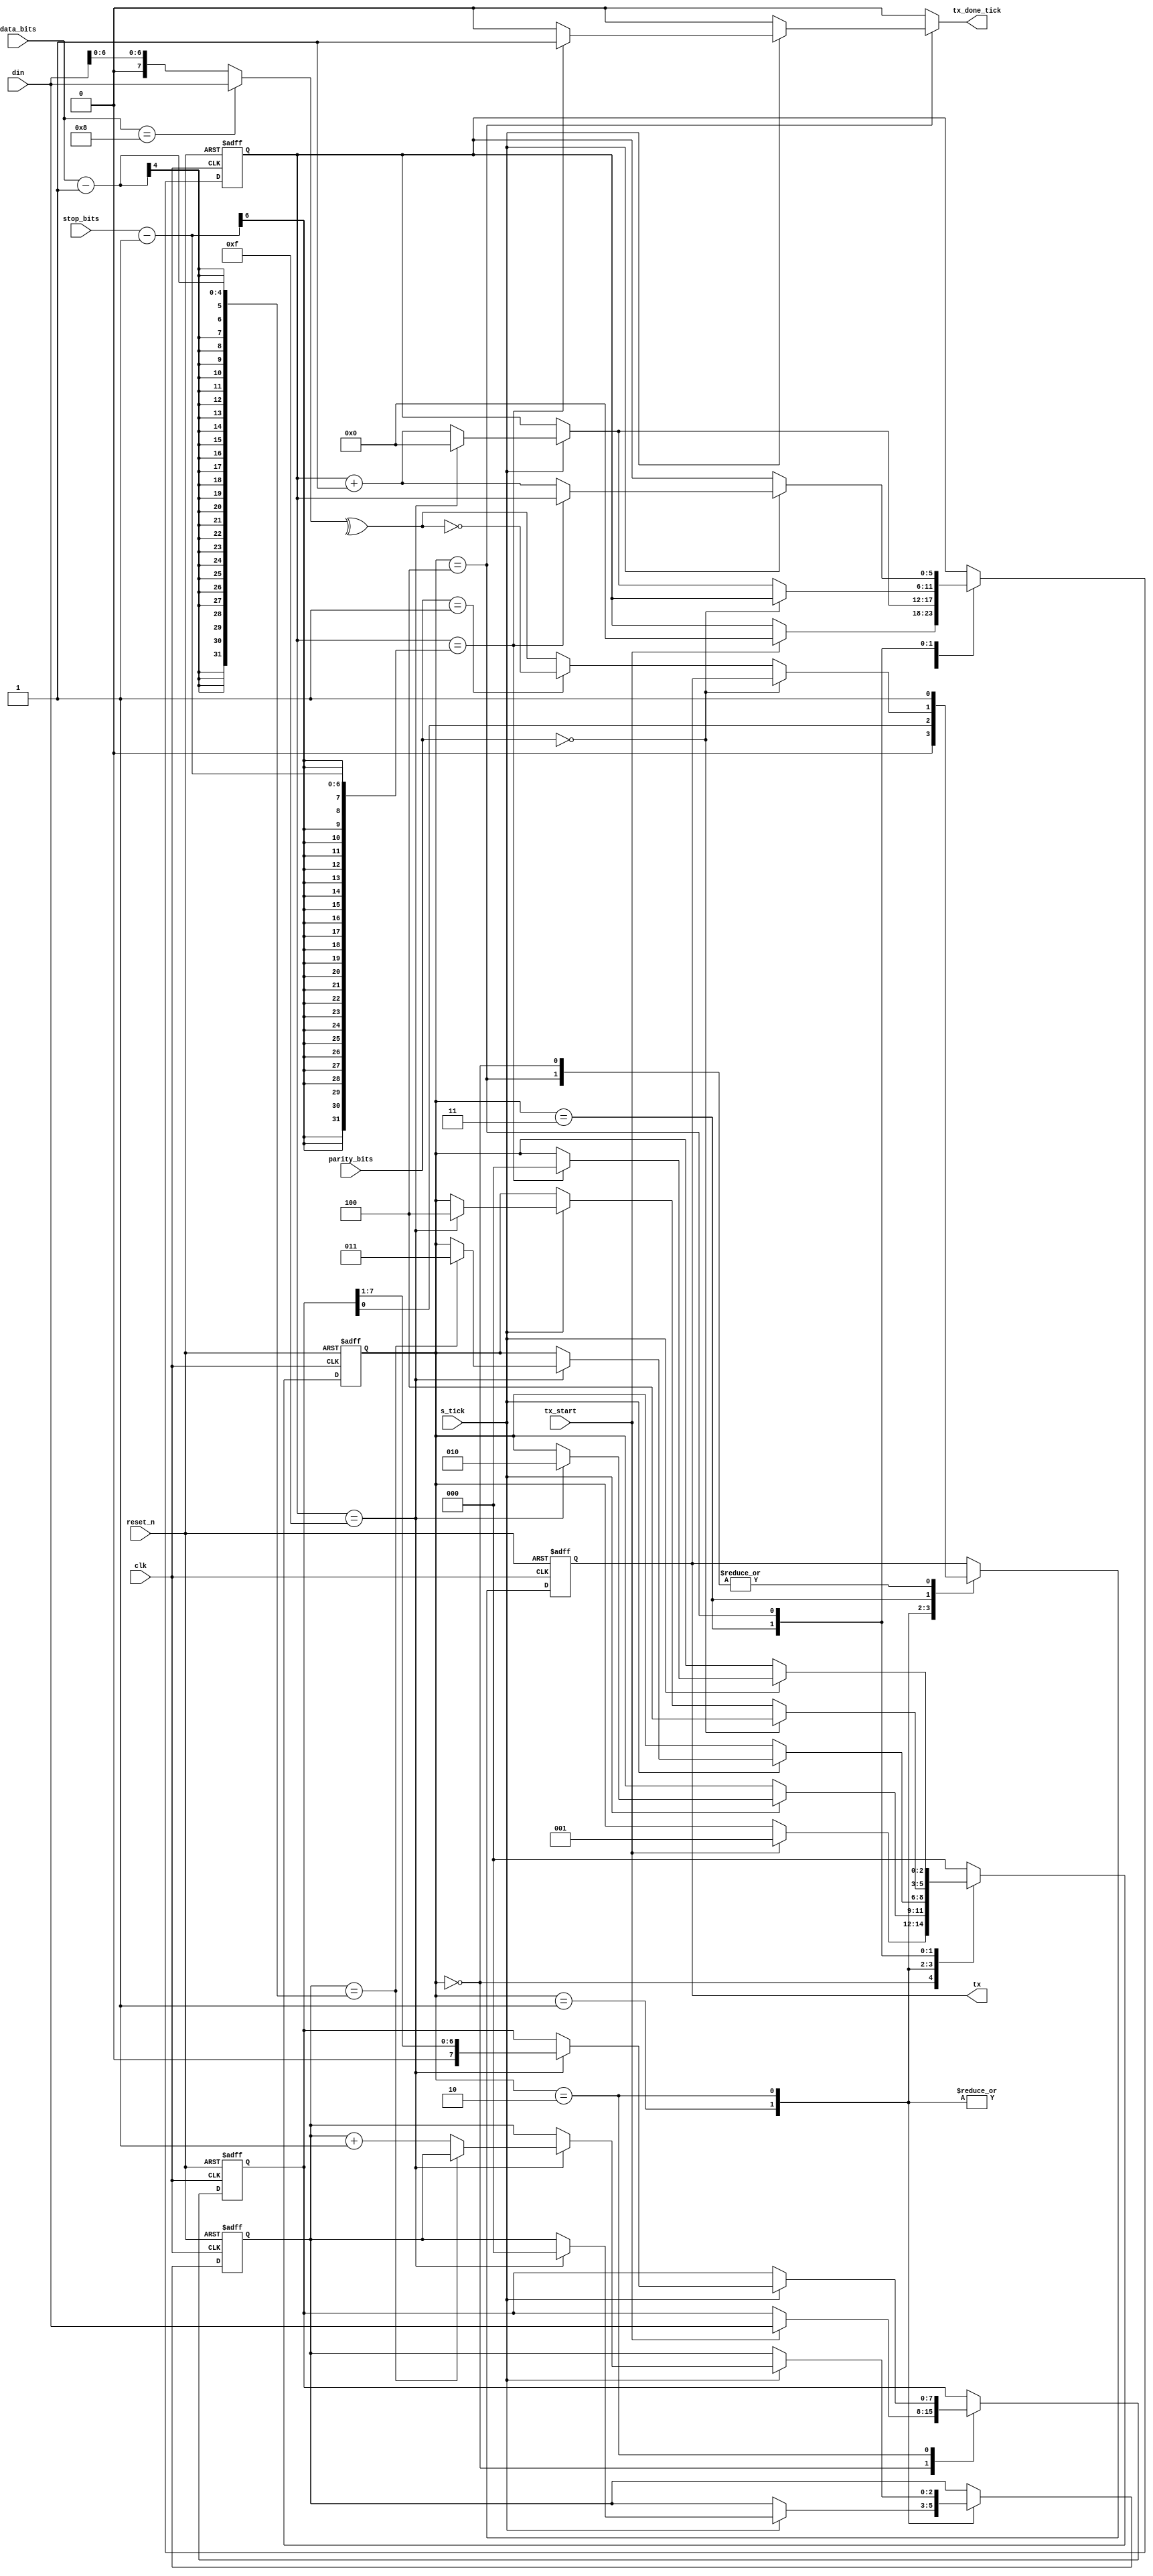
module uart_tx 
	(
		input clk,reset_n,
		input s_tick, tx_start,
		input[7:0] din,
		input[3:0] data_bits, //either 8 or 7 data_bits
		input[5:0] stop_bits, //either 16 or 32 ticks for 1 and 2 stop_bits,respectively
		input [1:0] parity_bits, //0-no parity, 1=odd parity , 2=even parity
		output reg tx_done_tick,
		output tx
    );
	 //FSM state declarations
	 localparam[2:0] idle=3'd0,
							start=3'd1,
							data=3'd2,
							parity=3'd3,
							stop=3'd4;
	 reg[2:0] state_reg,state_nxt;
	 reg[5:0] s_reg,s_nxt; //count to 16 for every data bit
	 reg[2:0] n_reg,n_nxt; //count the number of data bits already transmitted
	 reg[7:0] din_reg,din_nxt; //stores the word to be transmitted
	 reg tx_reg,tx_nxt;
	 reg[7:0] din_temp;
	 //FSM register operation
	 always @(posedge clk,negedge reset_n) begin
		if(!reset_n) begin
			state_reg<=idle;
			s_reg<=0;
			n_reg<=0;
			din_reg<=0;
			tx_reg<=1;
		end
		else begin
			state_reg<=state_nxt;
			s_reg<=s_nxt;
			n_reg<=n_nxt;
			din_reg<=din_nxt;
			tx_reg<=tx_nxt;
		end
	 end
	 //FSM next-state logic
	 always @* begin
		 state_nxt=state_reg;
		 s_nxt=s_reg;
		 n_nxt=n_reg;
		 din_nxt=din_reg;
		 tx_nxt=tx_reg;
		 tx_done_tick=0;
		 din_temp=0;
		 case(state_reg)
				idle: begin //wait for the buffer to have at least one word stored
							tx_nxt=1;
							if(tx_start==1) begin //tx_start is  connected to the inverted empty port of fifo buffer
								din_nxt=din;

								s_nxt=0;
								state_nxt=start;
							end
						end
			  start: begin   //wait to finish the start bit
							tx_nxt=0;
							if(s_tick==1) begin
								if(s_reg==15) begin
									s_nxt=0;
									n_nxt=0;
									state_nxt=data;
								end
								else s_nxt=s_reg+1;
							end
						end
				data: begin  //wait for all data bits to be transmitted serially
							tx_nxt=din_reg[0];
							if(s_tick==1) begin
								if(s_reg==15) begin
									din_nxt=din_reg>>1;
									s_nxt=0;
									if(n_reg==data_bits-1) state_nxt=parity;
									else n_nxt=n_reg+1;
								end
								else s_nxt=s_reg+1;
							end
						end
				parity: begin
							if(parity_bits==0) state_nxt=stop;
							else begin
								din_temp=(data_bits==8)? din : din[6:0];
								tx_nxt=(parity_bits==1)? {!{^din_temp}} : {^din_temp};
								if(s_tick==1) begin
									if(s_reg==15) begin
										state_nxt=stop;
										s_nxt=0;
									end
									else s_nxt=s_reg+1;
								end
							end
							
						  end
				
				stop: begin  //wait to finish the stop bit
							tx_nxt=1;
							if(s_tick==1) begin
								if(s_reg==stop_bits-1) begin
									tx_done_tick=1;
									state_nxt=idle;
								end
								else s_nxt=s_reg+1;
							end
						end
			default: state_nxt=idle;
		 endcase
	 end
	 assign tx=tx_reg;
	 
	 
 


endmodule